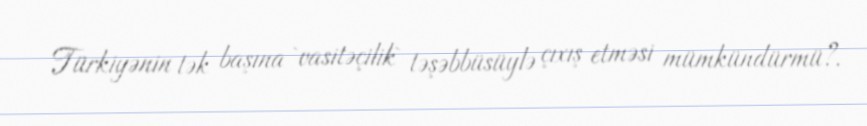
Türkiyənin tək başına `vasitəçilik` təşəbbüsüylə çıxış etməsi mümkündürmü?.